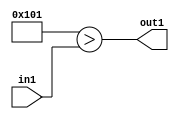
`timescale 1ps / 1ps
/*****************************************************************************
    Verilog RTL Description
    
    
    Created by: Stratus DpOpt 2019.1.01 
*******************************************************************************/

module DC_Filter_Lti257u12_1 (
	in1,
	out1
	); /* architecture "behavioural" */ 
input [11:0] in1;
output  out1;
wire  asc001;

assign asc001 = (17'B00000000100000001>in1);

assign out1 = asc001;
endmodule

/* CADENCE  urnySg8= : u9/ySgnWtBlWxVPRXgAZ4Og= ** DO NOT EDIT THIS LINE ******/